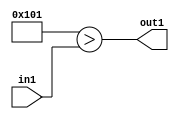
`timescale 1ps / 1ps
/*****************************************************************************
    Verilog RTL Description
    
    
    Created by: Stratus DpOpt 2019.1.01 
*******************************************************************************/

module DC_Filter_Lti257u12_1 (
	in1,
	out1
	); /* architecture "behavioural" */ 
input [11:0] in1;
output  out1;
wire  asc001;

assign asc001 = (17'B00000000100000001>in1);

assign out1 = asc001;
endmodule

/* CADENCE  urnySg8= : u9/ySgnWtBlWxVPRXgAZ4Og= ** DO NOT EDIT THIS LINE ******/